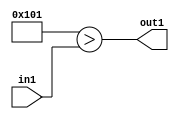
`timescale 1ps / 1ps
/*****************************************************************************
    Verilog RTL Description
    
    
    Created by: Stratus DpOpt 2019.1.01 
*******************************************************************************/

module DC_Filter_Lti257u12_1 (
	in1,
	out1
	); /* architecture "behavioural" */ 
input [11:0] in1;
output  out1;
wire  asc001;

assign asc001 = (17'B00000000100000001>in1);

assign out1 = asc001;
endmodule

/* CADENCE  urnySg8= : u9/ySgnWtBlWxVPRXgAZ4Og= ** DO NOT EDIT THIS LINE ******/